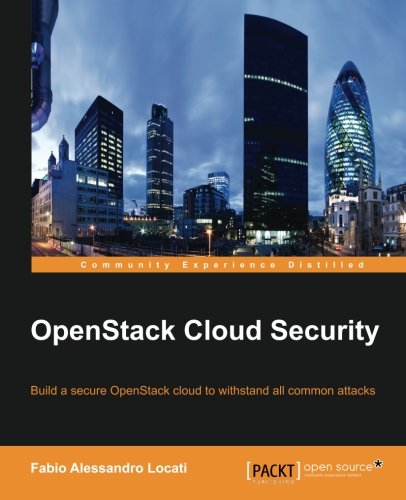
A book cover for OpenStack Cloud Security; Fabio Alessandro Locati; Computers & Technology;